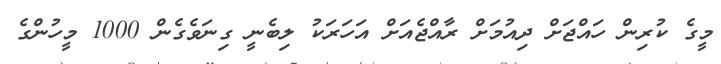
މީގެ ކުރިން ހައްޖަށް ދިއުމަށް ރާއްޖެއަށް އަހަރަކު ލިބެނީ ގިނަވެގެން 1000 މީހުންގެ